Report of the Municipal Commissioner on the plague in Bombay for the year ending 31st May... - Volume 1
Disease focus: Plague
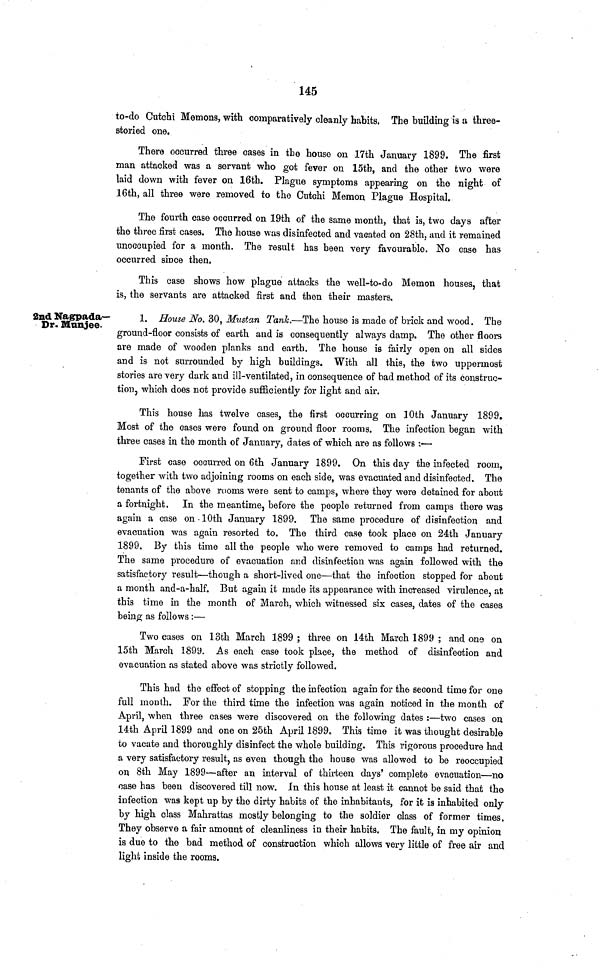
145
to-do Cutchi Memons, with comparatively cleanly habits, The building is a three-
storied one.
There occurred three cases in the house on 17th January 1899. The first
man attacked was a servant who got fever on 15th, and the other two were
laid down with fever on 16th. Plague symptoms appearing on the night of
16th, all three were removed to the Cutchi Memon Plague Hospital.
The fourth case occurred on 19th of the same month, that is, two days after
the three first cases. The house was disinfected and vacated on 28th, and it remained
unoccupied for a month. The result has been very favourable. No case has
occurred since then.
This case shows how plague attacks the well-to-do Memon houses, that
is, the servants are attacked first and then their masters.
2nd Nagpada—
Dr. Munjee.
1. House No. 30, Mustan Tank.—The house is made of brick and wood. The
ground-floor consists of earth and is consequently always damp. The other floors
are made of wooden planks and earth. The house is fairly open on all sides
and is not surrounded by high buildings. With all this, the two uppermost
stories are very dark and ill-ventilated, in consequence of had method of its construc-
tion, which does not provide sufficiently for light and air.
This house has twelve cases, the first occurring on 10th January 1899.
Most of the cases were found on ground floor rooms. The infection began with
three cases in the month of January, dates of which are as follows :—
First case occurred on 6th January 1899. On this day the infected room,
together with two adjoining rooms on each side, was evacuated and disinfected. The
tenants of the above rooms were sent to camps, where they were detained for about
a fortnight. In the meantime, before the people returned from camps there was
again a case on 10th January 1899. The same procedure of disinfection and
evacuation was again resorted to. The third case took place on 24th January
1899. By this time all the people who were removed to camps had returned.
The same procedure of evacuation and disinfection was again followed with the
satisfactory result—though a short-lived one—that the infection stopped for about
a month and-a-half. But again it made its appearance with increased virulence, at
this time in the month of March, which witnessed six cases, dates of the cases
being as follows :—
Two cases on 13th March 1899 ; three on 14th March 1899 ; and one on
15th March 1899. As each case took place, the method of disinfection and
evacuation as stated above was strictly followed.
This had the effect of stopping the infection again for the second time for one
full month. For the third time the infection was again noticed in the month of
April, when three cases were discovered on the following dates :—two cases on
14th April 1899 and one on 25th April 1899. This time it was thought desirable
to vacate and thoroughly disinfect the whole building. This rigorous procedure had
a very satisfactory result, as even though the house was allowed to be reoccupied
on 8th May 1899—after an interval of thirteen days' complete evacuation—no
oase has been discovered till now. In this house at least it cannot be said that the
infection was kept up by the dirty habits of the inhabitants, for it is inhabited only
by high class Mahrattas mostly belonging to the soldier class of former times,
They observe a fair amount of cleanliness in their habits. The fault, in my opinion
is due to the bad method of construction which allows very little of free air and
light inside the rooms.